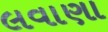
લવાણા